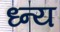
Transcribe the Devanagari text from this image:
ध्न्य